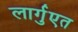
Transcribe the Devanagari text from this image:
लार्गुएत